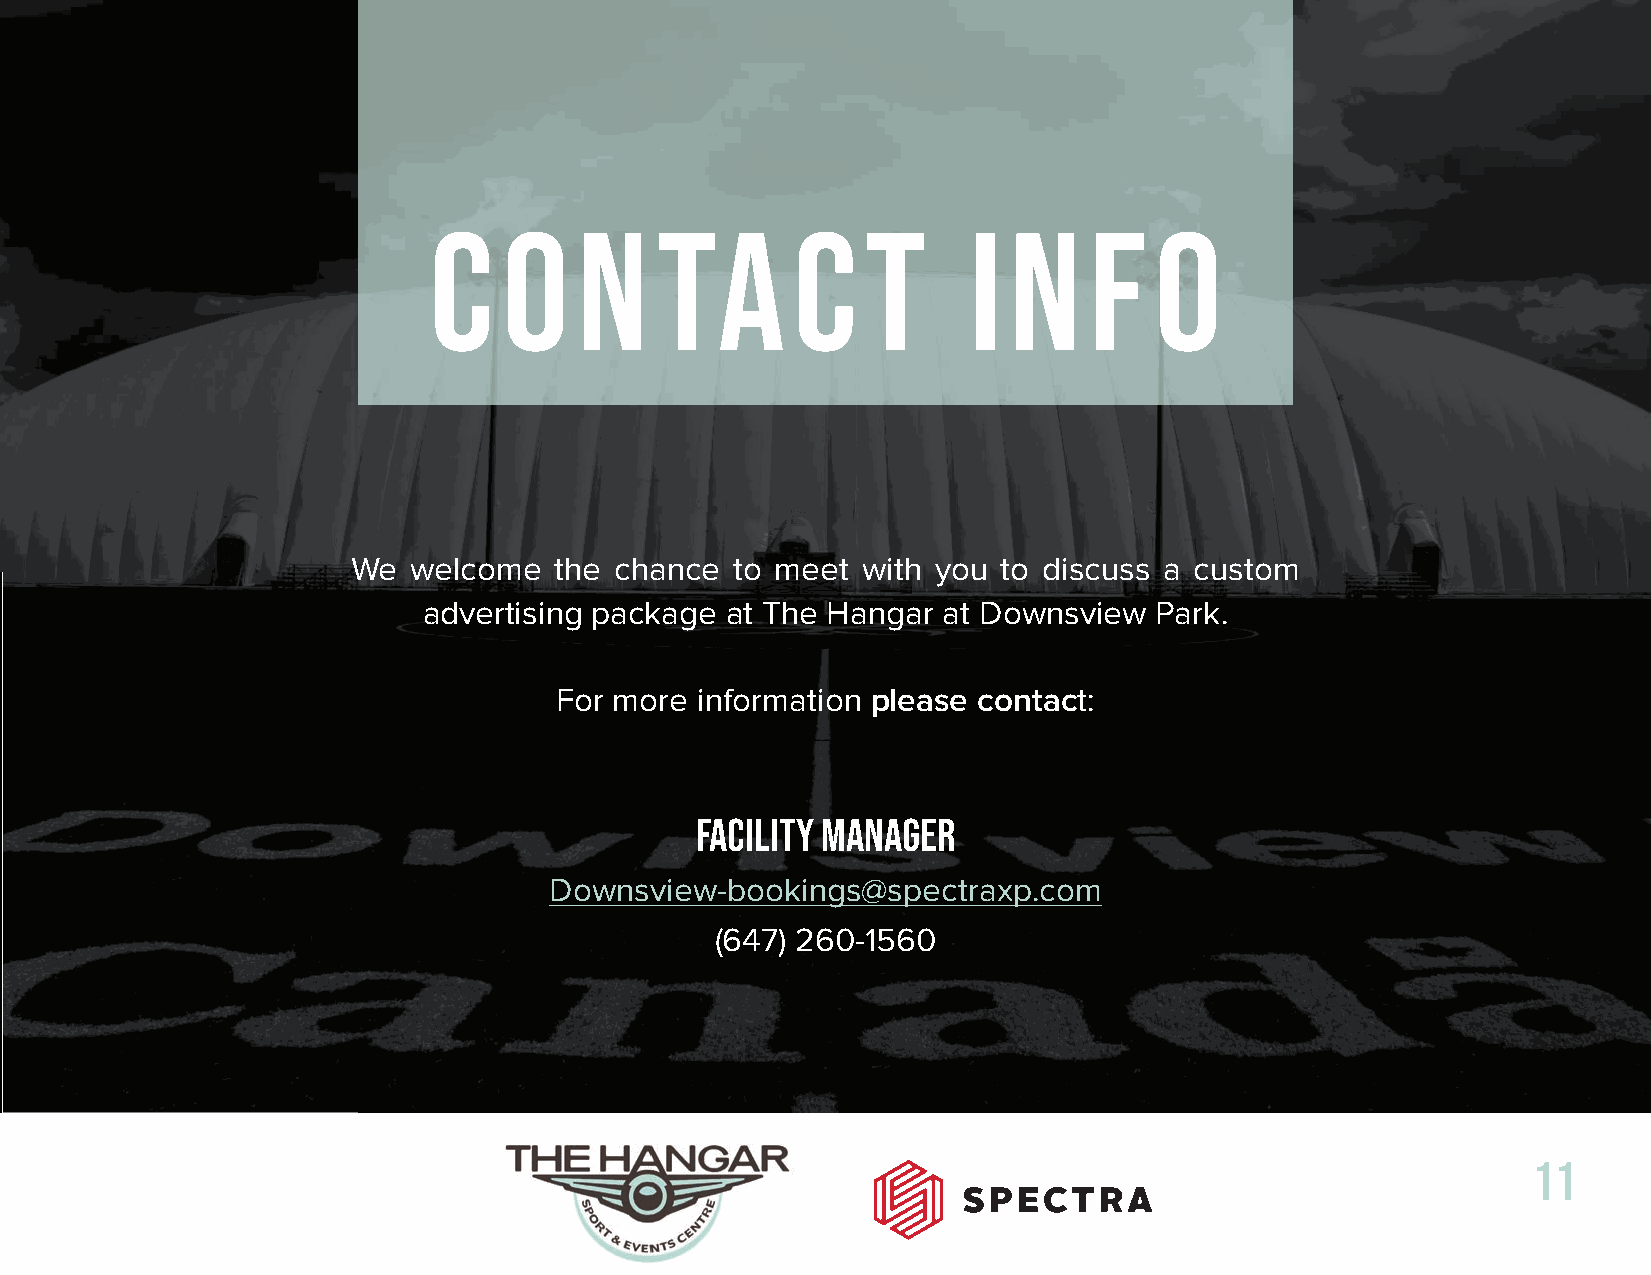
c    o    n    ta       c    t      i  n    f   o
 We  welcome   the chance  to meet with you to discuss a custom
 advertising package at The Hangar at Downsview  Park.
 For more information please contact:
 Facility Manager
 Downsview-bookings@spectraxp.com
 (647) 260-1560
 11